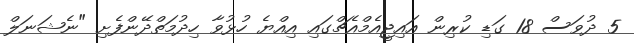
5 ދުވަސް 18 ގަޑި ކުރިން އައިޖީއެމްއެޗްގައި އިއްޔެ ހުޅުވާ ހިދުމަތްދޭންފެށި "ނެޝަނަލް